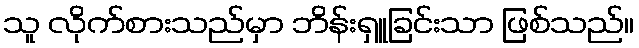
သူ လိုက်စားသည်မှာ ဘိန်းရှူခြင်းသာ ဖြစ်သည်။